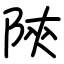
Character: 陝